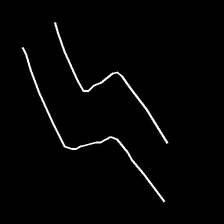
Glyph: float